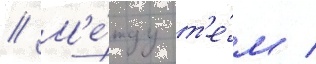
// М'е́жду т'е́м /